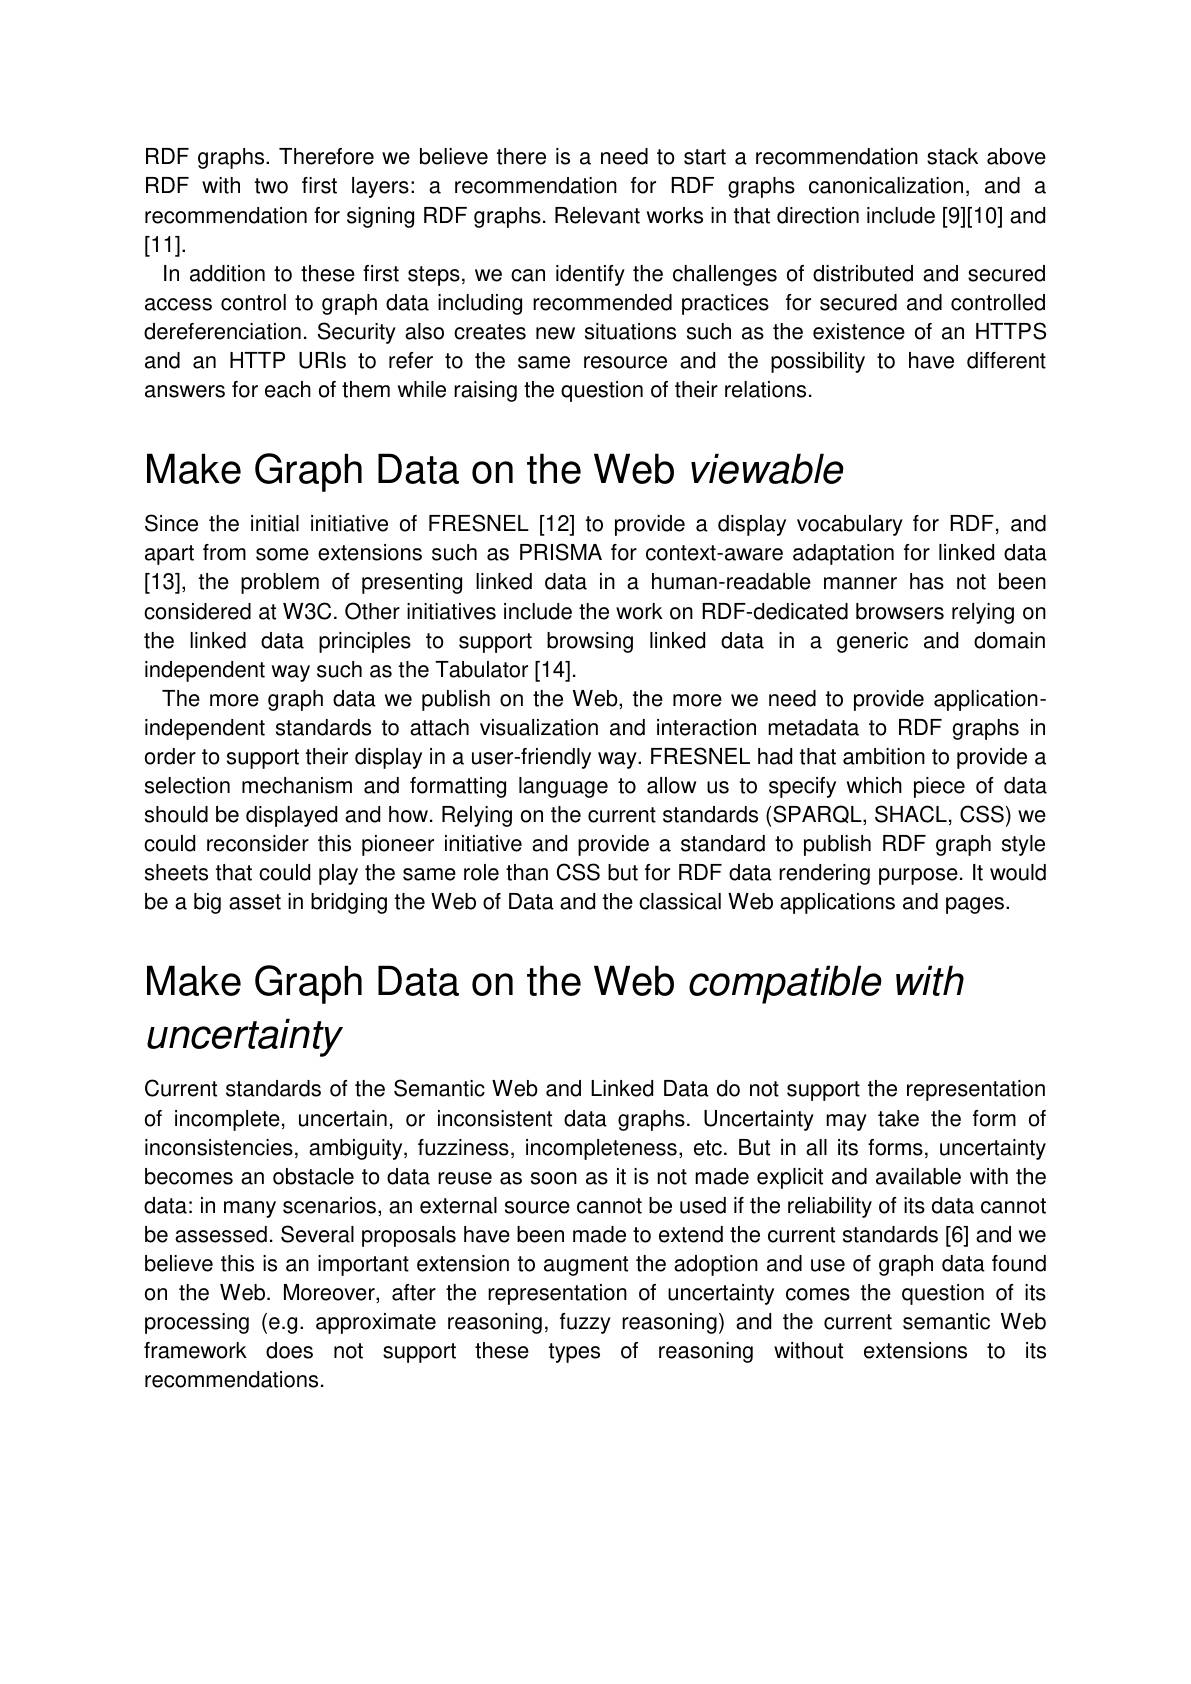
RDF graphs. Therefore we believe there is a need to start a recommendation stack above RDF with two first layers: a recommendation for RDF graphs canonicalization, and a recommendation for signing RDF graphs. Relevant works in that direction include [9][10] and

[11].

In addition to these first steps, we can identify the challenges of distributed and secured access control to graph data including recommended practices for secured and controlled dereferenciation. Security also creates new situations such as the existence of an HTTPS and an HTTP URIs to refer to the same resource and the possibility to have different answers for each of them while raising the question of their relations.

Make Graph Data on the Web viewable

Since the initial initiative of FRESNEL[12] to provide a display vocabulary for RDF, and apart from some extensions such as PRISMA for context-aware adaptation for linked data [13], the problem of presenting linked data in a human-readable manner has not been considered at W3C. Other initiatives include the work on RDF-dedicated browsers relying on the linked data principles to support browsing linked data in a generic and domain independent way such as the Tabulator[14].
The more graph data we publish on the Web, the more we need to provide applicationindependent standards to attach visualization and interaction metadata to RDF graphs in order to support their display in a user-friendly way. FRESNEL had that ambition to provide a selection mechanism and formatting language to allow us to specify which piece of data should be displayed and how. Relying on the current standards (SPARQL, SHACL, CSS) we could reconsider this pioneer initiative and provide a standard to publish RDF graph style sheets that could play the same role than CSS but for RDF data rendering purpose. It would be a big asset in bridging the Web of Data and the classical Web applications and pages.

Make Graph Data on the Web compatible with
# uncertainty

Current standards of the Semantic Web and Linked Data do not support the representation of incomplete, uncertain, or inconsistent data graphs. Uncertainty may take the form of inconsistencies, ambiguity, fuzziness, incompleteness, etc. But in all its forms, uncertainty becomes an obstacle to data reuse as soon as it is not made explicit and available with the data: in many scenarios, an external source cannot be used if the reliability of its data cannot be assessed. Several proposals have been made to extend the current standards[6] and we believe this is an important extension to augment the adoption and use of graph data found on the Web. Moreover, after the representation of uncertainty comes the question of its processing (e.g. approximate reasoning, fuzzy reasoning) and the current semantic Web framework does not support these types of reasoning without extensions to its recommendations.